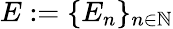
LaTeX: E:=\{ E_{n}\} _{n\in\mathbb{N}}